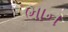
ભાન